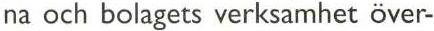
na och bolagets verksamhet över-